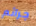
جرائم